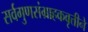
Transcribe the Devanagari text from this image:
सर्वगुणसंग्राहकवृत्तीने